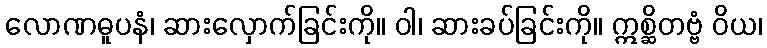
လောဏဓူပနံ၊ ဆားလှောက်ခြင်းကို။ ဝါ၊ ဆားခပ်ခြင်းကို။ ဣစ္ဆိတဗ္ဗံ ဝိယ၊